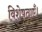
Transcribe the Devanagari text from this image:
विशेषताएँ।